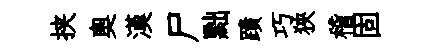
挟奥漢尸黜蹟巧狹稽固